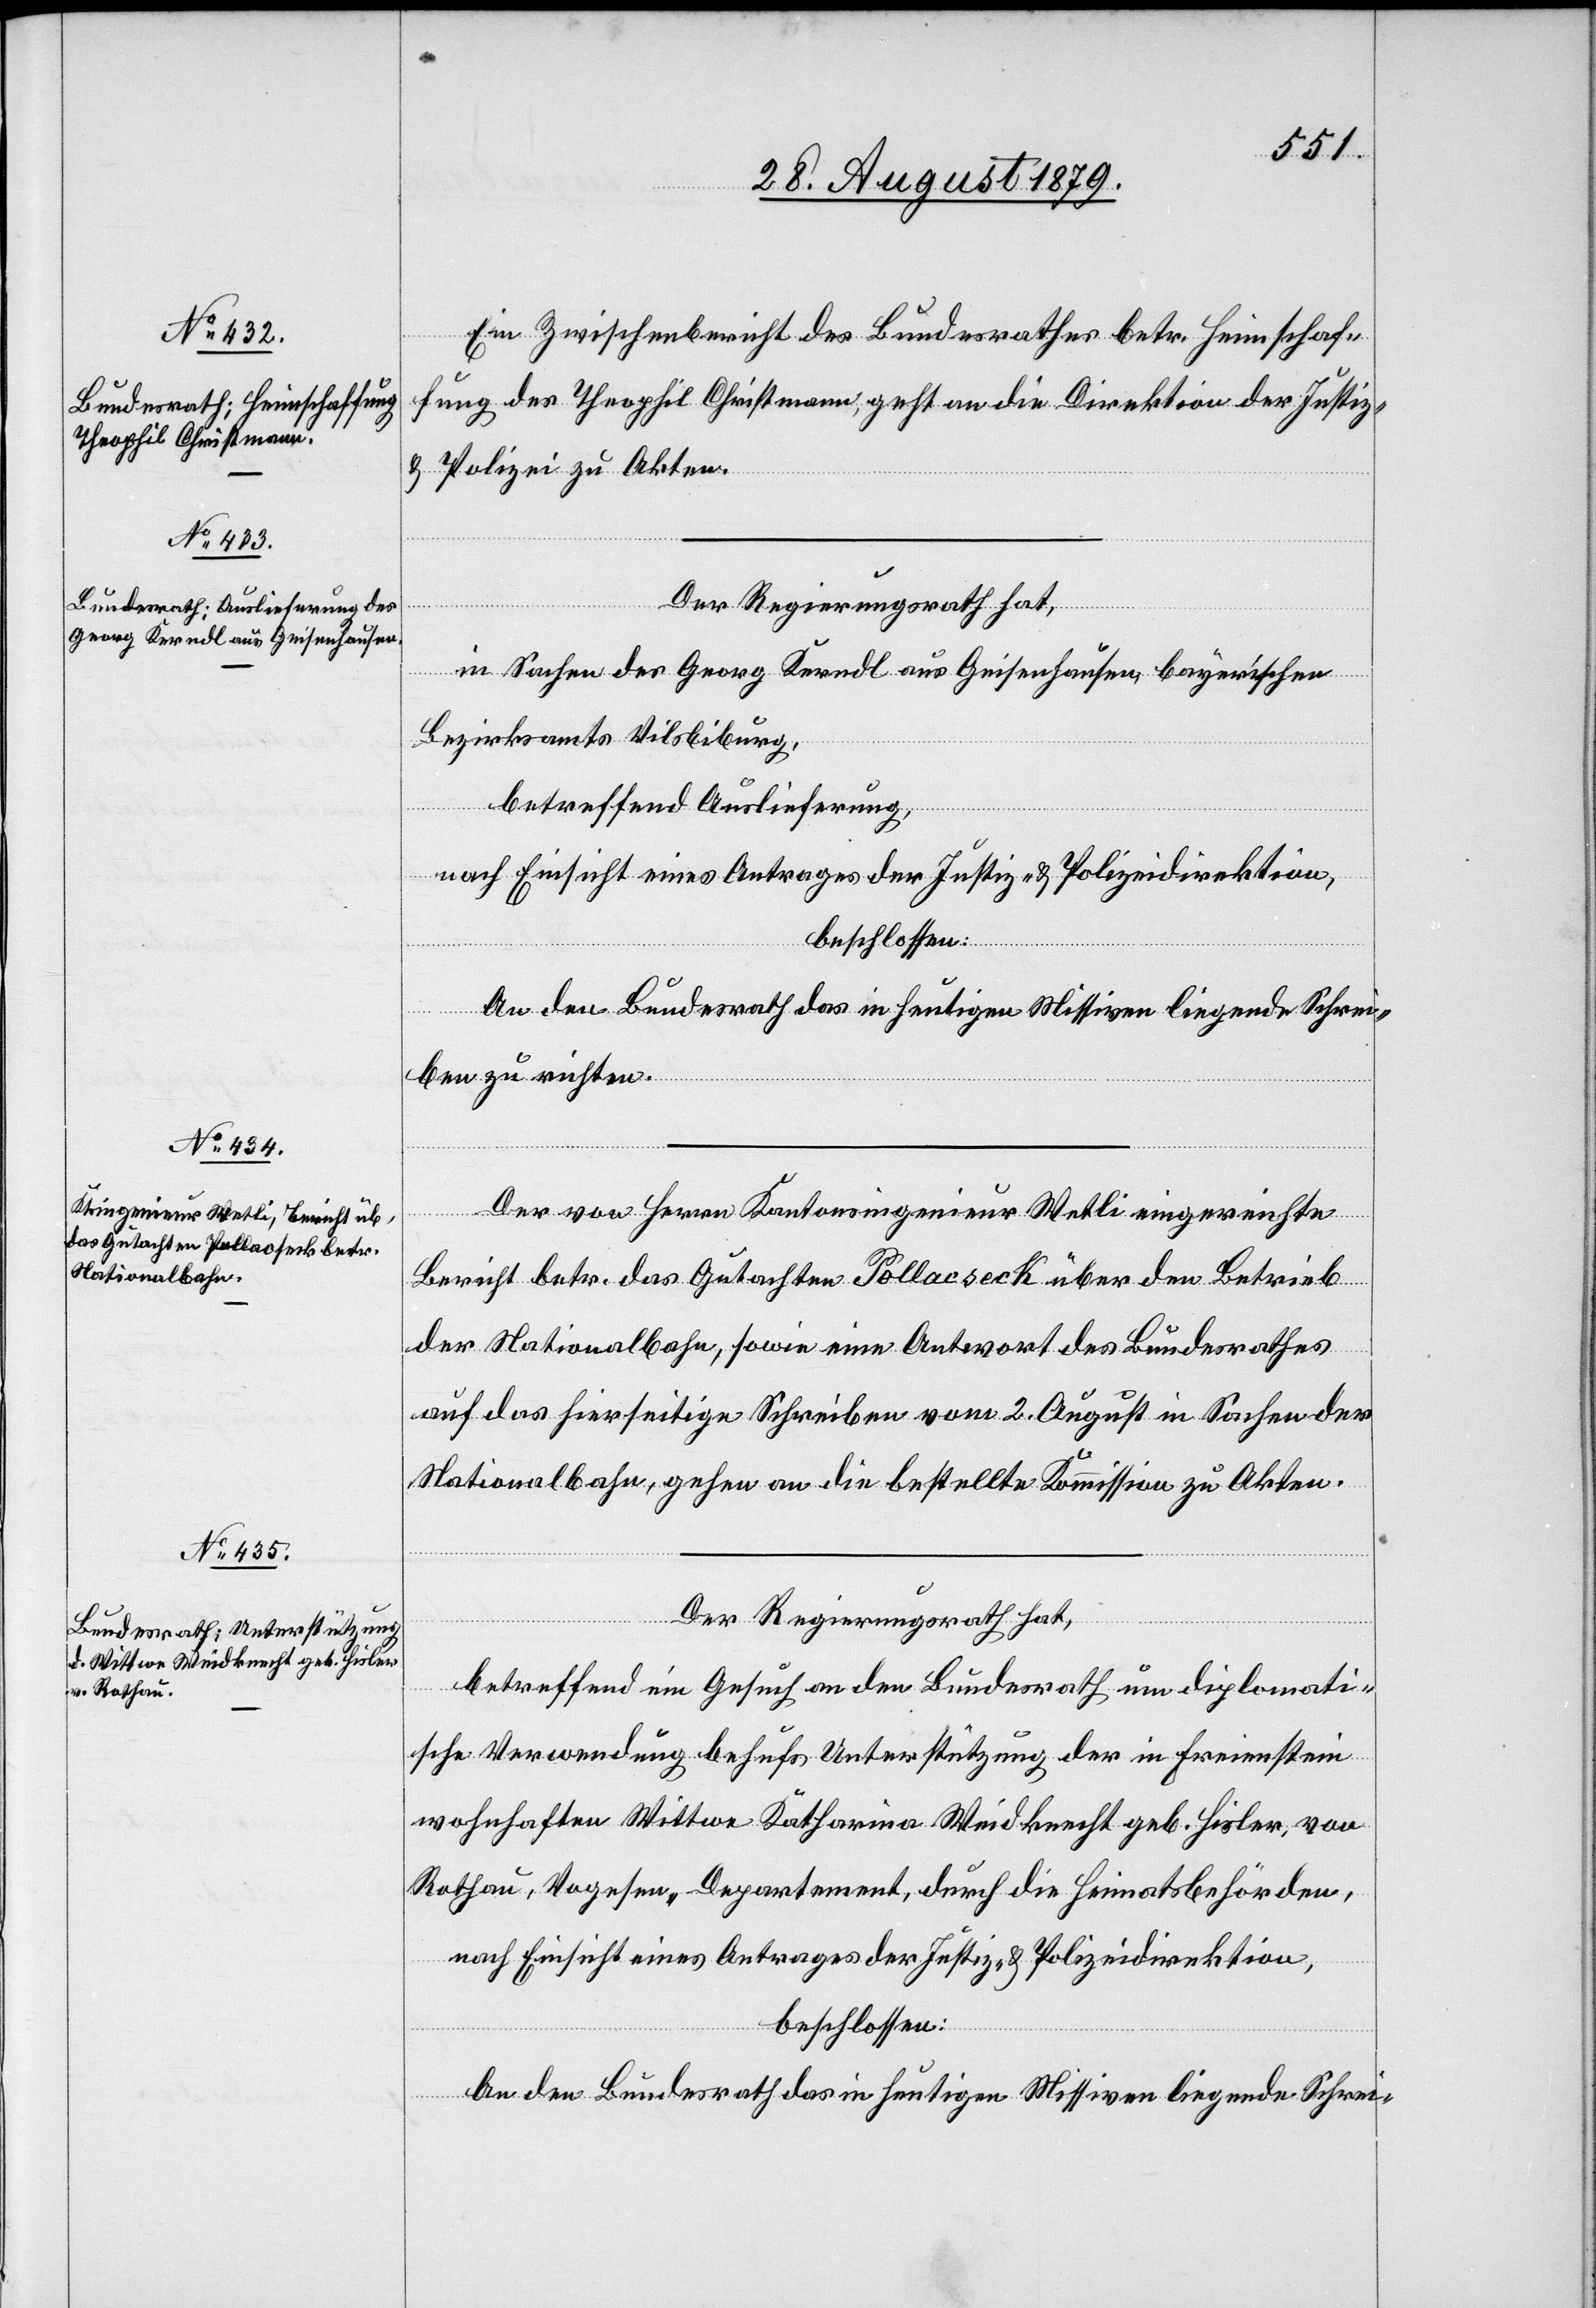
28. August 1879.]
Ein Zwischenbericht des Bundesrathes betr. Heimschaf¬
fung des Theophil Christmann, geht an die Direktion der Justiz
& Polizei zu Akten.
Der Regierungsrath hat,
in Sachen des Georg Kerndl aus Geisenhausen, bayerischen
Bezirksamts Vilsbiburg,
betreffend Auslieferung,
nach Einsicht eines Antrages der Justiz- & Polizeidirektion,
beschlossen:
An den Bundesrath das in heutigen Missiven liegende Schrei-
ben zu richten.
Der von Herrn Kantonsingenieur Wetli eingereichte
Bericht betr. das Gutachten Pollacseck über den Betrieb
der Nationalbahn, sowie eine Antwort des Bundesrathes
auf das hierseitige Schreiben vom 2. August in Sachen der
Nationalbahn, gehen an die bestellte Kommission zu Akten.
Der Regierungsrath hat,
betreffend Gesuch an den Bundesrath um diplomati¬
sche Verwendung behufs Unterstützung der in Freienstein
wohnhaften Wittwe Katharina Weidknecht geb. Hisler, von
Rathau, Vogesen Departement, durch die Heimatsbehörden,